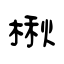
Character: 楸